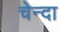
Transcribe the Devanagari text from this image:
चेन्दा